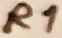
Text: R1